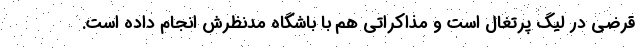
قرضی در لیگ پرتغال است و مذاکراتی هم با باشگاه مدنظرش انجام داده است.